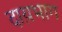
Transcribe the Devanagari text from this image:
दाय़भाग